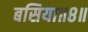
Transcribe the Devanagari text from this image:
बसिया॥८॥